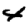
Digit: 4